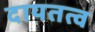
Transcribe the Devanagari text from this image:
दायतत्व